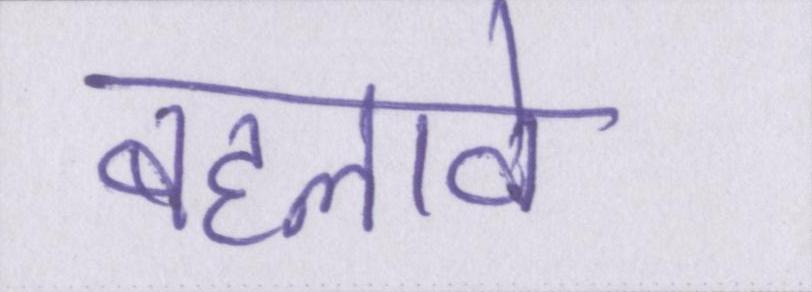
बहलावे